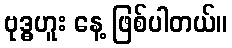
ဗုဒ္ဓဟူး နေ့ ဖြစ်ပါတယ်။